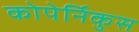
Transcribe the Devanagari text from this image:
कोपेर्निकुस